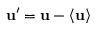
\mathbf { u } ^ { \prime } = \mathbf { u } - \left< \mathbf { u } \right>